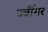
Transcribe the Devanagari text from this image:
ज्वींगर